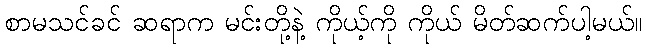
စာမသင်ခင် ဆရာက မင်းတို့နဲ့ ကိုယ့်ကို ကိုယ် မိတ်ဆက်ပါ့မယ်။